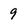
Character: 9